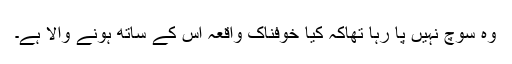
وہ سوچ نہیں پا رہا تھاکہ کیا خوفناک واقعہ اس کے ساتھ ہونے والا ہے۔